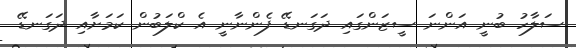
ސަލާހު ބުނީ އަންނަ ސީޒަންގައި ދަގަނޑޭ ފެންނާނީ އެ ކްލަބުން ކަމަށާއި ދަގަނޑޭ